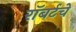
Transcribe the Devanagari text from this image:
रॉबर्टचे